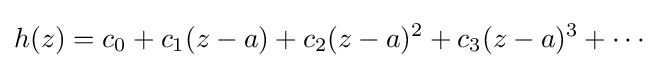
h(z)=c_{0}+c_{1}(z-a)+c_{2}(z-a)^{2}+c_{3}(z-a)^{3}+\cdots